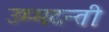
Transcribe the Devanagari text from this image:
उम्मदन्ती